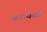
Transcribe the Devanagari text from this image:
मनायेगी।